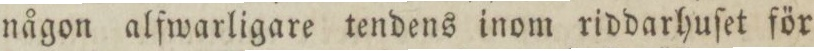
någon alfwarligare tendens inom riddarhuſet för